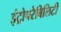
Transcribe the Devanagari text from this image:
इंट्रोपरेबिलिटी